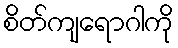
စိတ်ကျရောဂါကို